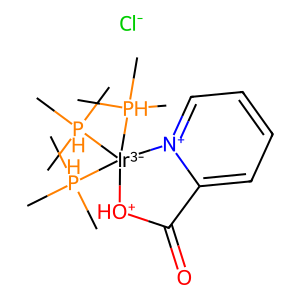
SMILES: C[PH](C)(C)[Ir-3]1([PH](C)(C)C)([PH](C)(C)C)[OH+]C(=O)c2cccc[n+]21.[Cl-]
Inhibits HIV replication: No